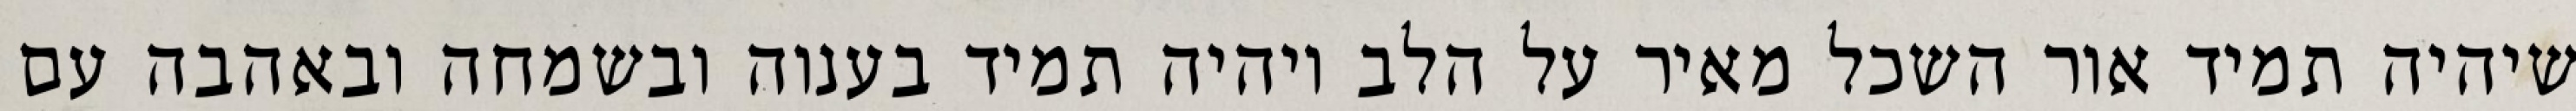
שיהיה תמיד אור השכל מאיר על הלב ויהיה תמיד בענוה ובשמחה ובאהבה עם